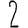
Digit: 2